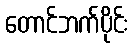
တောင်ဘက်ပိုင်း